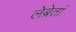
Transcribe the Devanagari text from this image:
लेब्रेतां